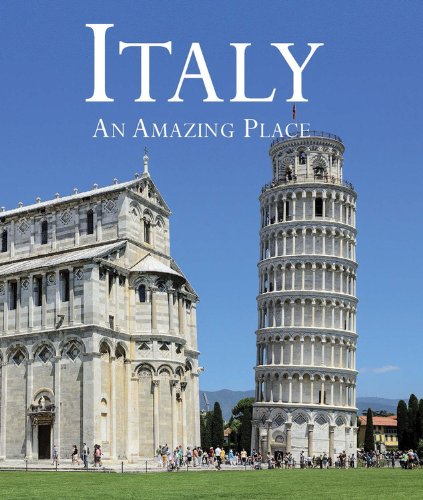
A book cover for Italy: An Amazing Place; Stefano Zuffi; History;